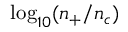
\log _ { 1 0 } ( n _ { + } / n _ { c } )